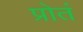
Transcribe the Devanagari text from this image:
प्रोतं